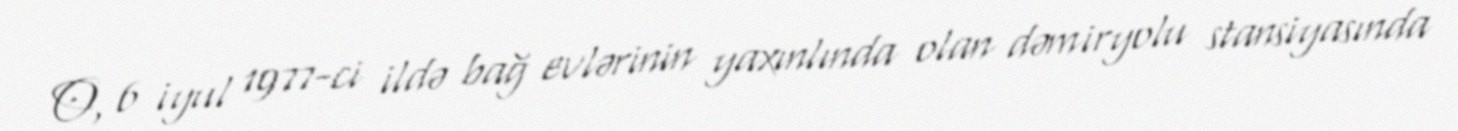
O, 6 iyul 1977-ci ildə bağ evlərinin yaxınlında olan dəmiryolu stansiyasında